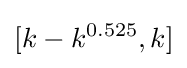
[k-k^{0.525},k]